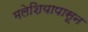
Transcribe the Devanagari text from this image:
मलेशियापासून